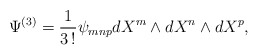
\begin{align*}\Psi^{(3)} = \frac {1}{3 \, !} \psi_{mnp} dX^m \wedge dX^n \wedge dX^p,\end{align*}